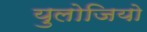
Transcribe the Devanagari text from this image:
युलोजियो